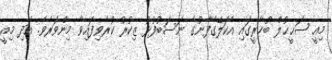
މިއީ ޞަޙީޙުލް ބުޚާރީގައި އެކަލޭގެފާނުގެ ނަސަބުފުޅު ޒިކުރު ކުރެވިފައިވާ މިންވަރެވެ. އަދި މިއީ